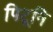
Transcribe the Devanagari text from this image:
पिटूनि